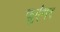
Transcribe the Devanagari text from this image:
जुएंगर